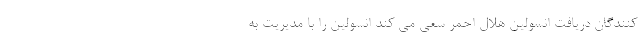
کنندگان دریافت انسولین هلال احمر سعی می کند انسولین را با مدیریت به